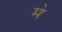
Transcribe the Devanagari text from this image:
म॓